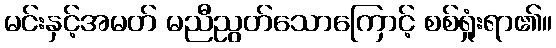
မင်းနှင့်အမတ် မညီညွတ်သောကြောင့် စစ်ရှုံးရာ၏။